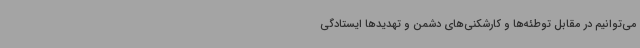
می‌توانیم در مقابل توطئه‌ها و کارشکنی‌های دشمن و تهدیدها ایستادگی